Tezpur Lunatic Asylum reports 1895-1904 - 1895-1904
Year: 1895
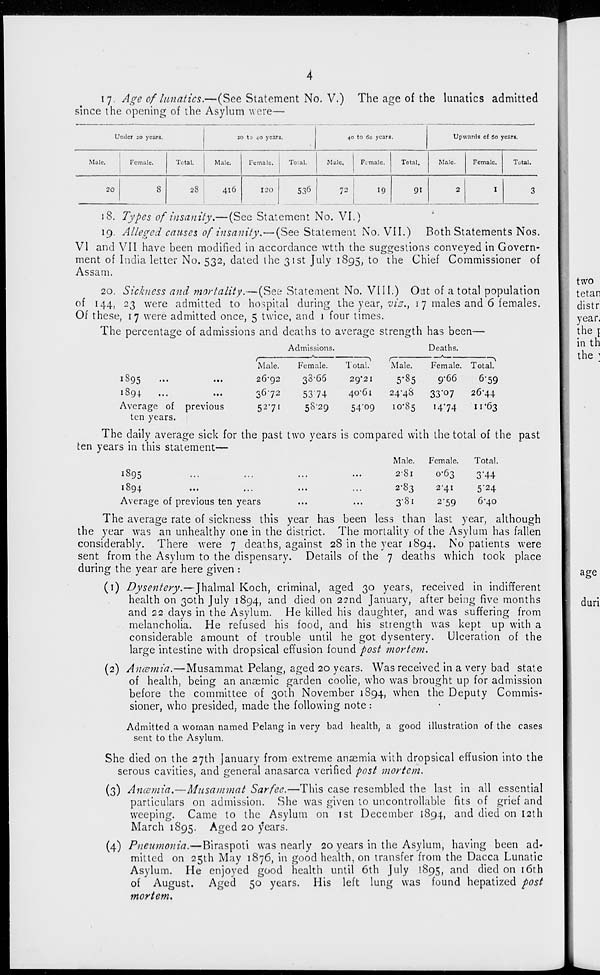
17. Age of lunatics.—(See Statement No. V.)
since the opening of the Asylum were—
The ace of the lunatics admitted
Under 20 years.
20 to 40 years.
40 to 60 years.
Upwards of 60 years.
Male.
Female.
Total.
Male.
Female, j Total.
Male.
Female.
Total.
Male.
Female.
Total.
20
8
28
416
I20
53 6
72
19
91
2
I
3
18. Types of insanity.— (See Statement No. VI.)
19. Alleged causes of insanity.—(See Statement No. VII.) Both Statements Nos.
VI and VII have been modified in accordance wtth the suggestions conveyed in Govern-
ment of India letter No. 532, dated the 31st July 1895, to the Chief Commissioner of
Assam.
20. Sickness and mortality.—(See Statement No. VIII.) Out of a total population
of 144, 23 were admitted to hospital during the year, vis,, 17 males and 6 females.
Of these, 17 were admitted once, 5 twice, and 1 four times.
The percentage of admissions and deaths to average strength has been—
Admissions.
Deaths.
Male.
Female.
Total.
Male.
Female. Total.
1895
...
26*92
33-66
29*21
5-85
9-66
6'59
1894
...
36-72
5374
40*61
24-48
33*07
26-44
Average of
ten years.
previous
52-71
58-29
54'09
l0-8 5
'474
11 -63
Male.
Female.
Total
2-81
0-63
3"44
2-8 3
2-41
5'24
3-81
2*59
6-40
The daily average sick for the past two years is compared with the total of the past
ten years in this statement—
1895
v)y 4
•••
••■
•"•
•••
Average of previous ten years
The average rate of sickness this year has been less than last year, although
the year was an unhealthy one in the district. The mortality of the Asylum has fallen
considerably. There were 7 deaths, against 28 in the year 1894. No patients were
sent from the Asylum to the dispensary. Details of the 7 deaths which took place
during the year are here given :
(1) Dysentery.—Jhalmal Koch, criminal, aged 30 years, received in indifferent
health on 30th July 1894, and died on 22nd January, after being five months
and 22 days in the Asylum. He killed his daughter, and was suffering from
melancholia. He refused his food, and his strength was kept up with a
considerable amount of trouble until he got dysentery. Ulceration of the
large intestine with dropsical effusion found post mortem.
(2) Ancemia.—Musammat Pelang, aged 20 years. Was received in a very bad state
of health, being an anaemic garden coolie, who was brought up for admission
before the committee of 30th November 1S94, when the Deputy Commis-
sioner, who presided, made the following note :
Admitted a woman named Pelang in very bad health, a good illustration of the cases
sent to the Asylum.
She died on the 27th January from extreme anaemia with dropsical effusion into the
serous cavities, and general anasarca verified post mortem.
(3) Ancemia,—Musammat Sarfee.—This case resembled the last in all essential
particulars on admission. She was given to uncontrollable fits of grief and
weeping. Came to the Asylum on 1st December 1S94, and died on 12th
March 1895. Aged 20 years.
(4) Pneumonia.—Biraspoti was nearly 20 years in the Asylum, having been ad-
mitted on 25th May 1876, in good health, on transfer from the Dacca Lunatic
Asylum. He enjoyed good health until 6th July 1895, and died on 16th
of August. Aged 50 years. His left lung was found hepatized post
mortem.